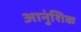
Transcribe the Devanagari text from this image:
आनुंशिक